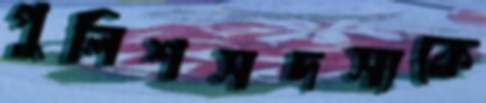
পুলিশসদস্যকে